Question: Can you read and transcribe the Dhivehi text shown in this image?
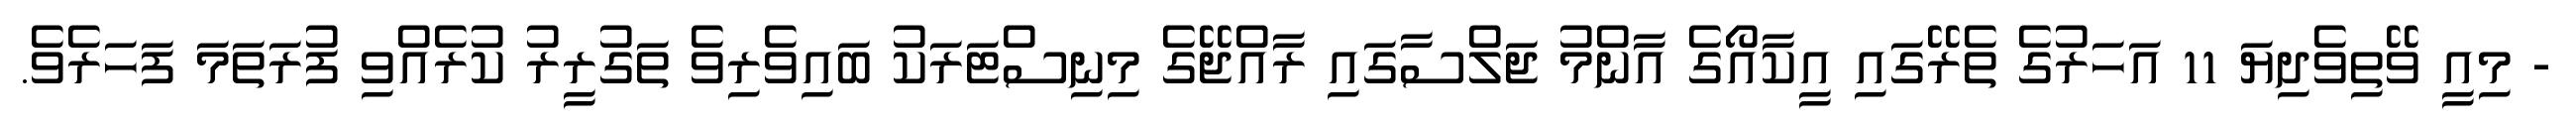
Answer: - މިއީ ވޭތިވެދިޔަ 11 އަހަރުގެ ތެރޭގައި އީކާއޯގެ އާންމު ޖަލްސާގައި ރާއްޖޭގެ މިނިސްޓަރަކު ބައިވެރިވެ ތަގުރީރު ކުރެއްވި ފުރަތަމަ ފަހަރެވެ.